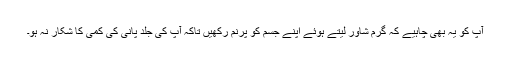
آپ کو یہ بھی چاہیے کہ گرم شاور لیتے ہوئے اپنے جسم کو پرنم رکھیں تاکہ آپ کی جلد پانی کی کمی کا شکار نہ ہو۔